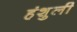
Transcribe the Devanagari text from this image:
हंशुली